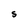
Character: S